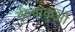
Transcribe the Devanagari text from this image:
ईक्ष्वाकुओं